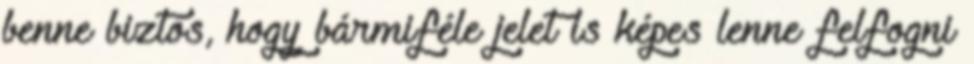
benne biztos, hogy bármiféle jelet is képes lenne felfogni